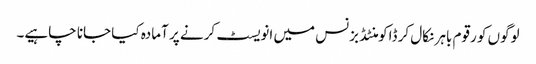
لوگوں کو رقوم باہر نکال کر ڈاکومنٹڈ بزنس میں انویسٹ کرنے پر آمادہ کیا جانا چاہیے۔